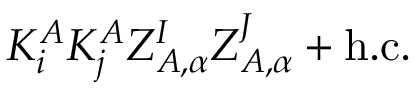
K _ { i } ^ { A } K _ { j } ^ { A } Z _ { A , \alpha } ^ { I } Z _ { A , \alpha } ^ { J } + \mathrm { h . c . }